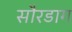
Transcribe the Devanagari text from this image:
सौरडाग